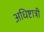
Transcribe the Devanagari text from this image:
अधिष्टात्री